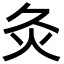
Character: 灸